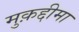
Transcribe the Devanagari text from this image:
मुक़द्दीमा